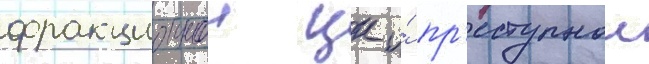
фракционнои цк и́ пр'еступнои